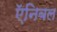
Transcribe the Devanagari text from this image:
ऍनिबल